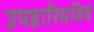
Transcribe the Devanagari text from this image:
उपहारिसलिये